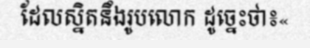
ដែលស្និតនឹងរូបលោក ដូច្នេះថា៖«